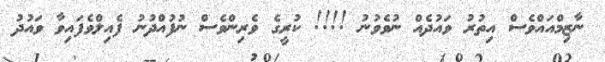
ނާޒިމްއައްވެސް އިތުރު ވައުދެއް ނުވެވުނު !!!! ކުރީގެ ވެރިންވެސް ނުފުއްދުނު ފެއިލްވެފައިވާ ވައުދު